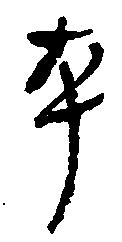
本